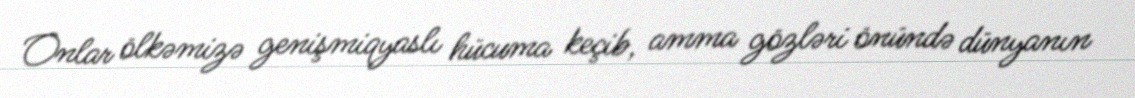
Onlar ölkəmizə genişmiqyaslı hücuma keçib, amma gözləri önündə dünyanın